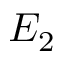
E _ { 2 }